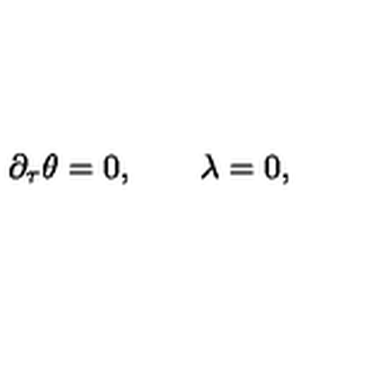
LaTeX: \partial _ { \tau } \theta = 0 , \qquad \lambda = 0 ,